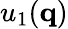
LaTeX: u_{1}(\mathbf{q})